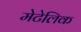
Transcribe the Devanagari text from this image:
मेटेलिक